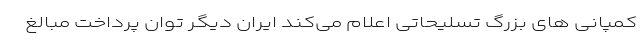
کمپانی های بزرگ تسلیحاتی اعلام می‌کند ایران دیگر توان پرداخت مبالغ